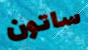
ساتون